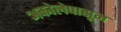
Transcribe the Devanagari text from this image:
अकोलेपासून